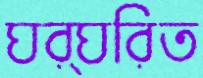
ঘর্ঘরিত